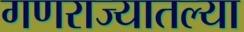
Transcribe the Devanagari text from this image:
गणराज्यातल्या